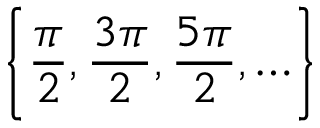
\left\{ { \frac { \pi } { 2 } } , { \frac { 3 \pi } { 2 } } , { \frac { 5 \pi } { 2 } } , \ldots \right\}